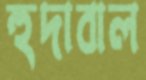
হুদাবাল